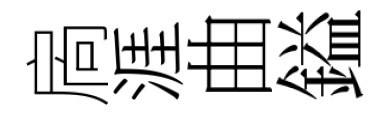
扄涯曲鎰